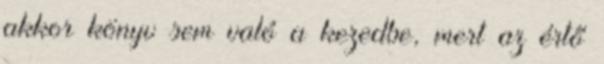
akkor könyv sem való a kezedbe, mert az értő